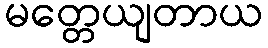
မတ္တေယျတာယ